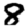
Digit: 8